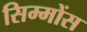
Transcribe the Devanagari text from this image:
सिम्मोंस